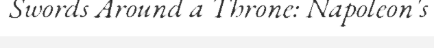
Swords Around a Throne: Napoleon's